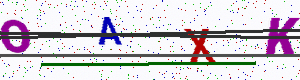
Text: OAXK